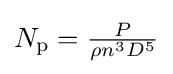
{\textstyle N_{\mathrm {p} }={\frac {P}{\rho n^{3}D^{5}}}}